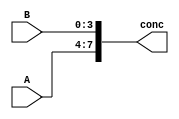
`timescale 1ns / 1ps
//////////////////////////////////////////////////////////////////////////////////
// Company: 
// Engineer: 
// 
// Design Name: 
// Module Name: alu_concatenator
// Project Name: 
// Target Devices: 
// Tool Versions: 
// Description: 
// 
// Dependencies: 
// 
// Revision:
// Revision 0.01 - File Created
// Additional Comments:
// 
//////////////////////////////////////////////////////////////////////////////////


module alu_concatenator(
    input[3:0] A,
    input[3:0] B,
    output[7:0] conc
    );
    assign conc = {A, B};
endmodule